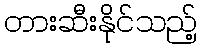
တားဆီးနိုင်သည့်